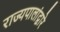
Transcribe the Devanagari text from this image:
राज्यपालांद्वारे